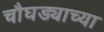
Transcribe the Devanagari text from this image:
चौघड्याच्या